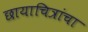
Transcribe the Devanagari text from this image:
छायाचित्रांचा